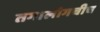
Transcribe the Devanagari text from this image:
तगालोगचीच